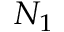
N _ { 1 }